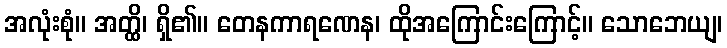
အလုံးစုံ။ အတ္ထိ၊ ရှိ၏။ တေနကာရဏေန၊ ထိုအကြောင်းကြောင့်။ သောဘေယျ၊